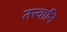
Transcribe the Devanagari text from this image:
तत्त्वानि